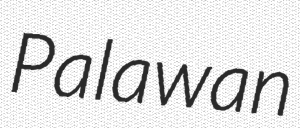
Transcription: Palawan